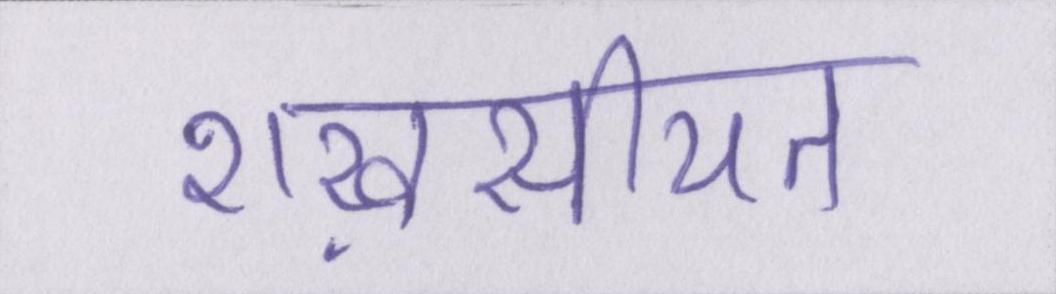
शख़सीयत